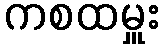
ကစထမှူး